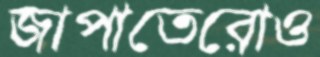
জাপাতেরোও